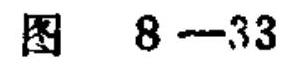
图 \(8 - 33\)